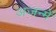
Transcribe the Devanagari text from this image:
अजन्में